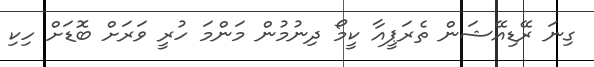
ގިނަ ރޭޑިއޭޝަން ތެރަޕީއާ ކީމޯ ދިނުމުން މަންމަ ހުރީ ވަރަށް ބޮޑަށް ހިކި